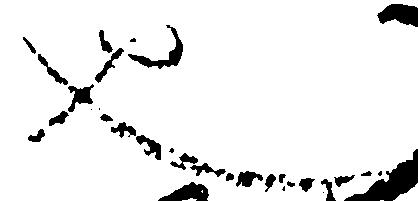
也